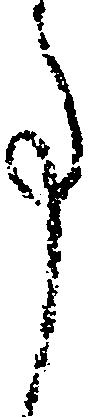
事